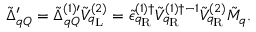
{ \tilde { \Delta } } _ { q Q } ^ { \prime } = { \tilde { \Delta } } _ { q Q } ^ { ( 1 ) \prime } { \tilde { V } } _ { q _ { \mathrm { L } } } ^ { ( 2 ) } = { \tilde { \epsilon } } _ { q _ { \mathrm { R } } } ^ { ( 1 ) \dagger } { \tilde { V } } _ { q _ { \mathrm { R } } } ^ { ( 1 ) \dagger - 1 } { \tilde { V } } _ { q _ { \mathrm { R } } } ^ { ( 2 ) } { \tilde { M } } _ { q } .